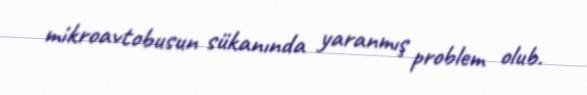
mikroavtobusun sükanında yaranmış problem olub.